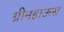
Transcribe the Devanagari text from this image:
ग्रीनहाऊस